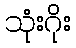
သုံးဂိုး